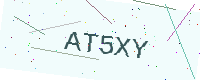
Text: AT5XY